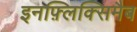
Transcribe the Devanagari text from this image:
इनफ़्लिक्सिमैब